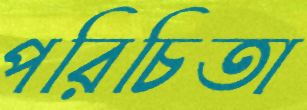
পরিচিতা